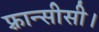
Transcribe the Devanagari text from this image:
फ़्रान्सीसी।